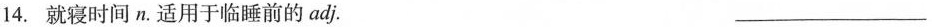
14.就寝时间n。适用于临睡前的adj. ___